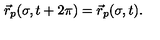
\vec { r } _ { p } ( \sigma , t + 2 \pi ) = \vec { r } _ { p } ( \sigma , t ) .